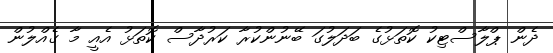
ދެން ޕްލާސްޓިކު ކޮތަޅުގެ ބަދަލުގަ ބޭނުންކުރާ ކަރުދާސް ކޮތަޅު އެއީ މާ ގެއްލުން